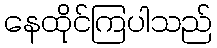
နေထိုင်ကြပါသည်